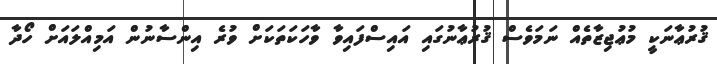
ޤުރުޢާނަކީ މުޢުޖިޒާތެއް ނަމަވެސް ޤުރުޢާނުގައި އައިސްފައިވާ ވާހަކަތަކަށް ވުރެ އިންސާނުން އަމިއްލައަށް ހޯދާ